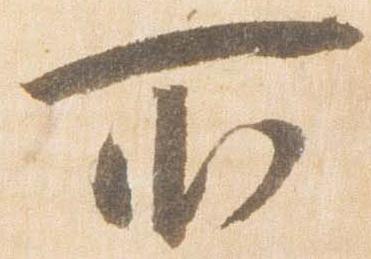
所